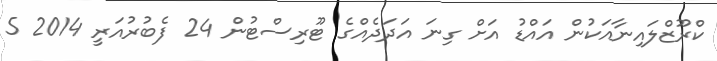
ކްރޫޒްލައިނާއަކުން އައްޑު އަށް ގިނަ އަދަދެއްގެ ޓޫރިސްޓުން 24 ފެބުރުއަރީ 2014 5